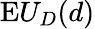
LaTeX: {\mathrm{E}}U_{D}(d)